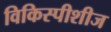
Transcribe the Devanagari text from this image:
विकिस्पीशीज